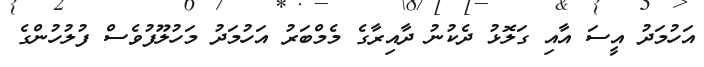
އަހުމަދު އީސަ އާއި ގަލޮޅު ދެކުނު ދާއިރާގެ މެމްބަރު އަހުމަދު މަހުލޫފުވެސް ފުލުހުންގެ